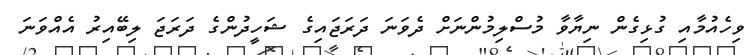
ވިހެއުމާއި ގުޅިގެން ނިޔާވާ މުސްލިމުންނަށް ދެވަނަ ދަރަޖައިގެ ޝަހީދުންގެ ދަރަޖަ ލިބޭއިރު އެއްވަނަ